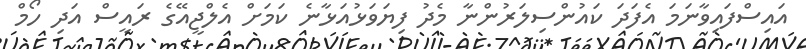
އައިސްފައިވާނަމަ އެފަދަ ކައުންސިލަރުންނާ މެދު ފިޔަވަޅުއަޅާނެ ކަމަށް އެލްޖީއޭގެ ރައީސް އަދި ހޯމް